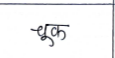
मजकूर: चूक